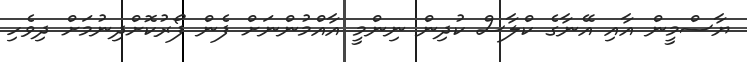
ޔާސްމީން އާއި އޭނާގެ ކްލާސް ކުދިން ނިންމީ އާއްމުންނަށް ފެން ފޯރުކޮށްދިނުމަށް ދިވެހި